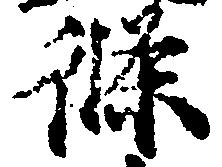
条